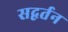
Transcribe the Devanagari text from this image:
सद्वर्तन